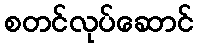
စတင်လုပ်ဆောင်